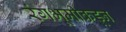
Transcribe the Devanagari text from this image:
रंगभूमीकडून